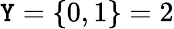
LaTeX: \mathtt{Y}=\{ 0,1\} =2